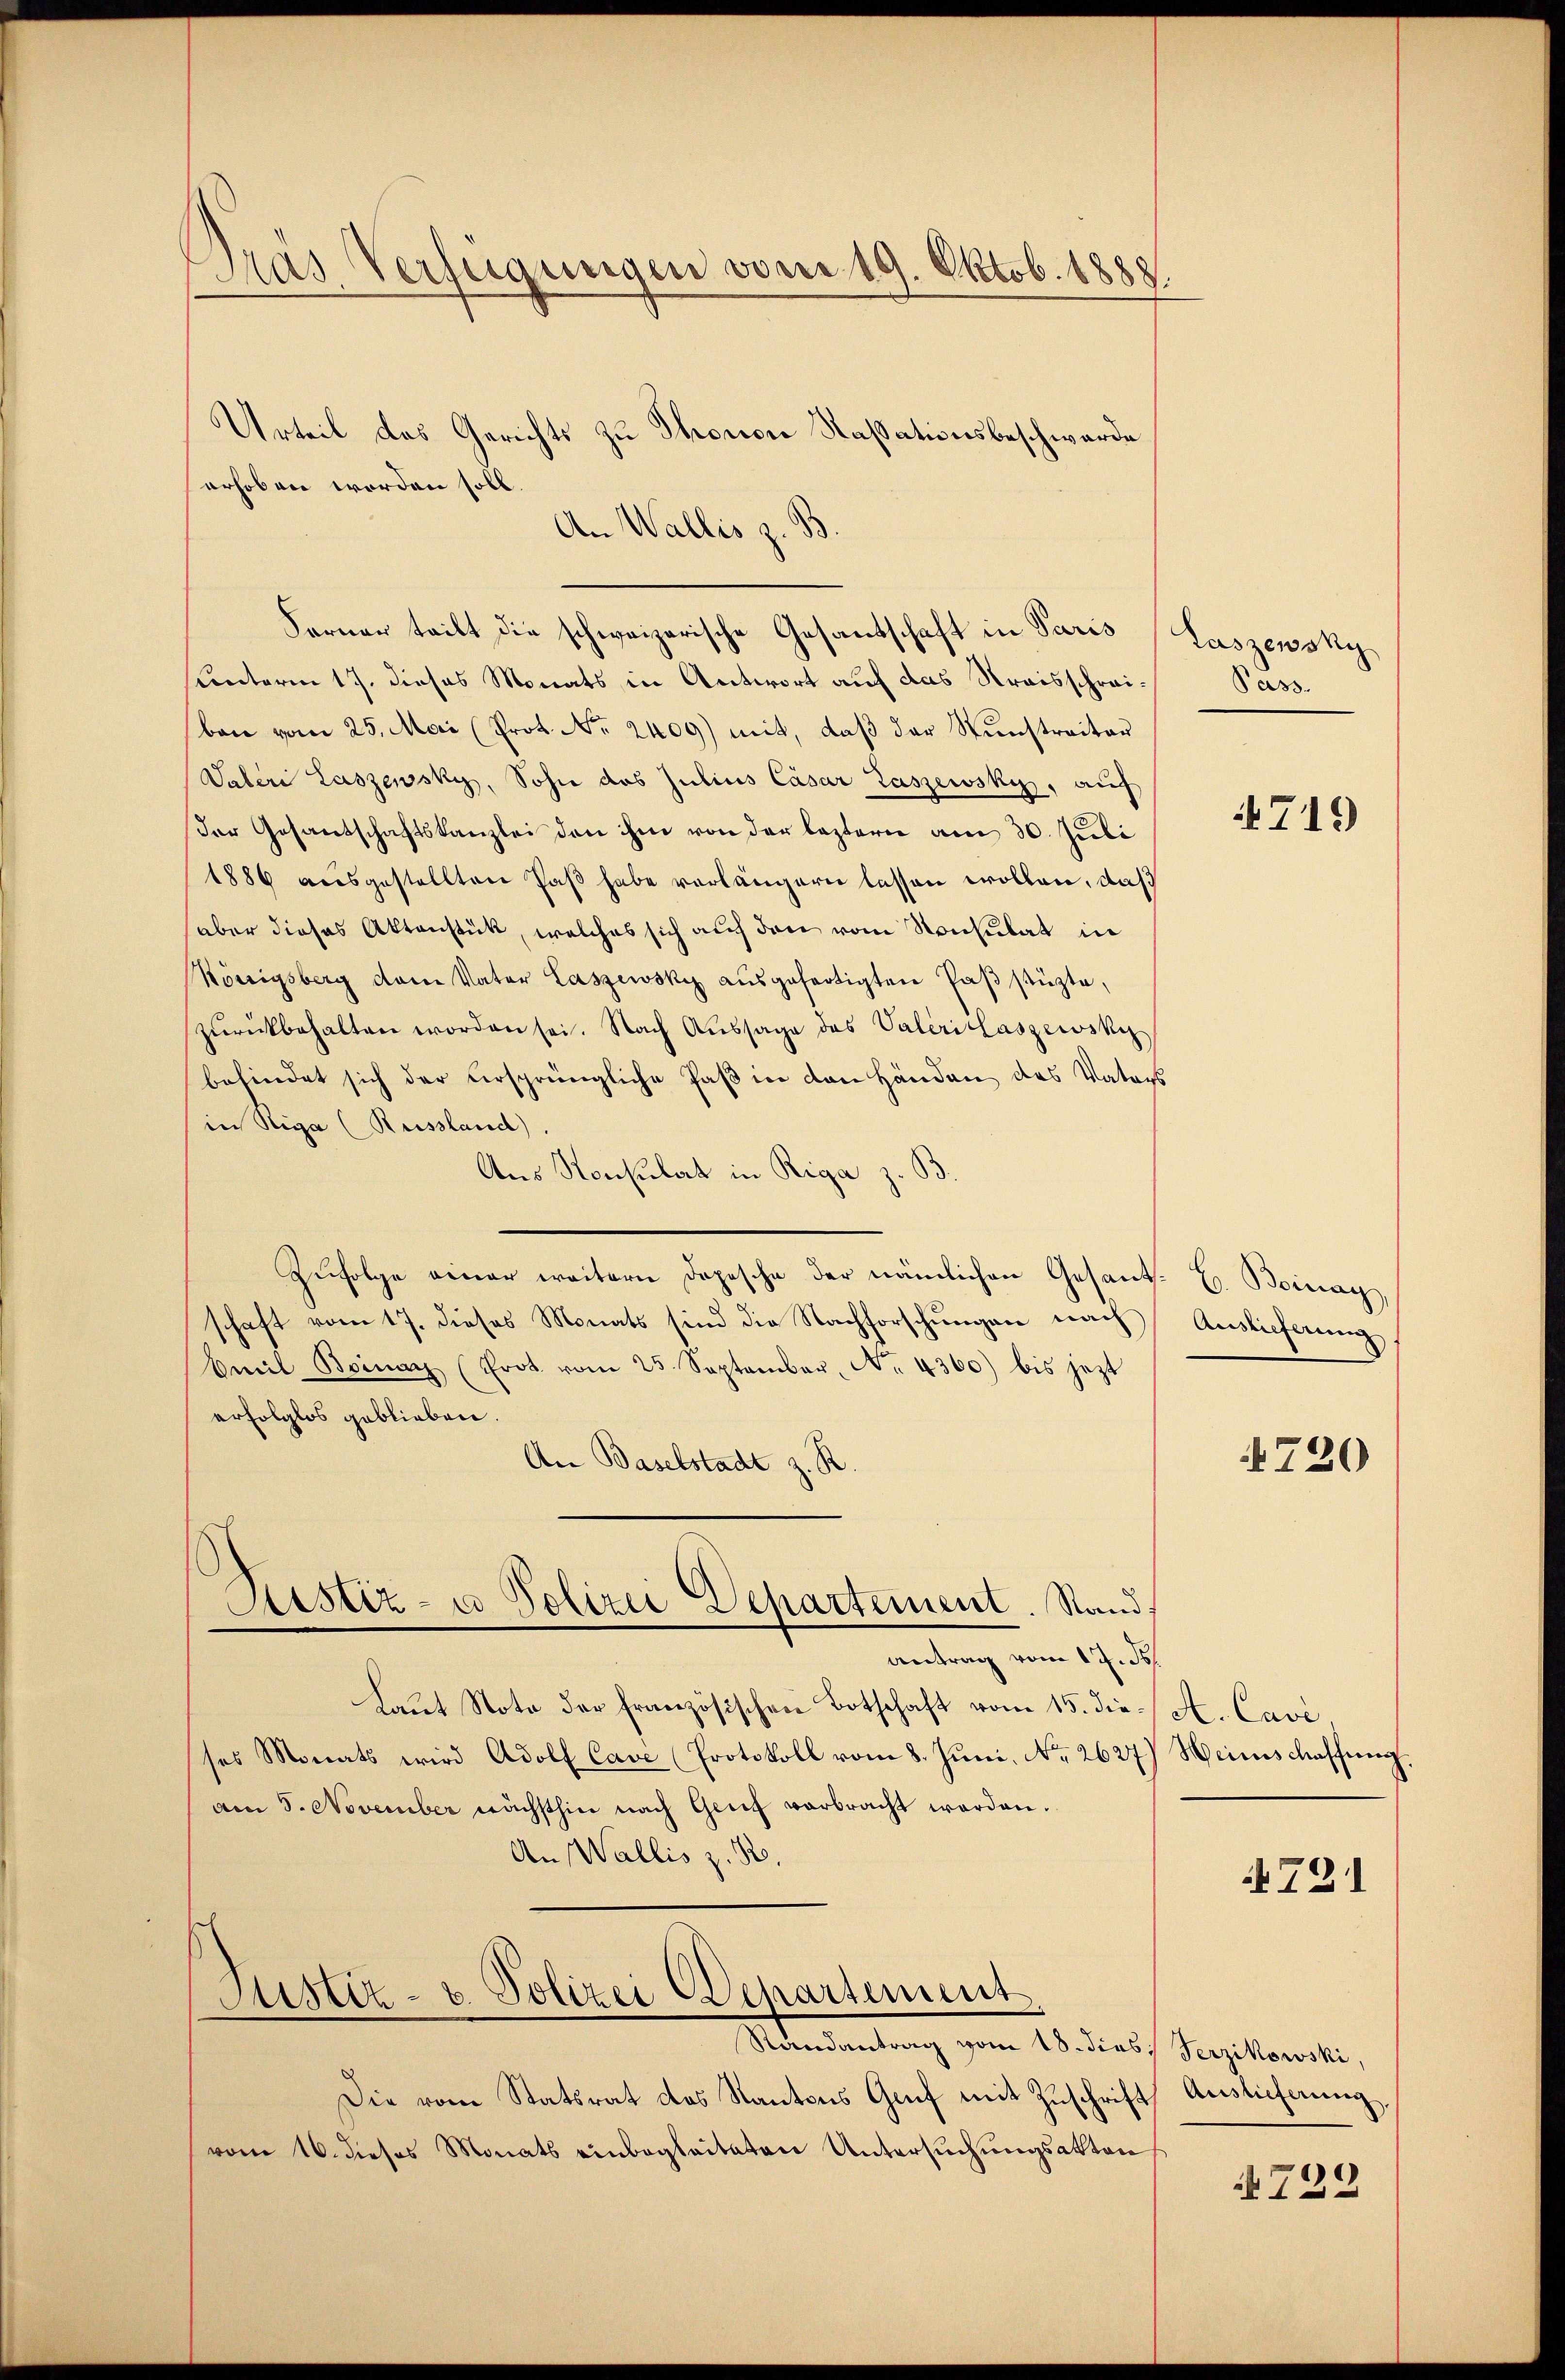
Pras Verfügungen vom 19. Oktob. 1888.

erhoben worden soll.

Urteil das Gerichts zu Thonore Kassationsbeschwerde
An Wallis z. B
sunterm 17. dieses Monats in Antwort auf das Straisschreiban vom 25. Mai (Prot. No. 2400) mit, daβ der Sunstreiter
Vateri Laszewsky, Sohn das Julius Cäsar Laszewsky, auf
Der Gesantschaftskanzlei den ihm von der leztern am 30. Juli
1886 ausgestellten Paß habe verlängern lassen wollen, daß
aber dieses Aktenstück, welches sich auf den vom Konsulat in
Königsberg dem Vater Laszewsky aŭsgefertigten Paβstüzte,
zŭrückbehalten worden sei. Nach Aussage des Vateri laszewsky
befindet sich der versprüngliche Paß in den Händen des Vaters
in Riga (Russland)
Aus Konsulat in Riga
Zŭfolge einer weitern Dopesche der nämlichen Gesant E. Boinag,
schaft vom 17. dieses Monats sind die Nachforschungen nach Auslieferung
bmit Beinar (Prot. vom 25. September, No. 4360) bis jezt
erfolglos geblieben.
An Baselstadt z. R.
Ristiz- u Polizei Departement. Stand
antrag vom 17. ds
Laut Note der französischen Botschaft vom 15. die A. Cave,
ses Monats wird Adolf Cave (Protokoll vom 8. Jŭni, No 2627) Weinschaffung,
am 5. November nächsthin nach Genf verbracht werden.
An Wallis z. B.

Ferner teilt die schweizerische Gesantschaft in Paris Laszensky

Justiz- u. Polizei Departement
Stendantung vom 18. Diels Sigilanski,

Die vom Statsrat des Kantons Genf mit Zuschrift Auslieferung
vom 16. dieses Monats einbegleiteten Untersuchungsakten

Päss

719

720

4721

722